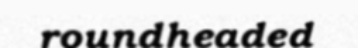
roundheaded